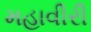
મહાવીરી